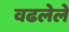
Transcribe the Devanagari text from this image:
वढलेले